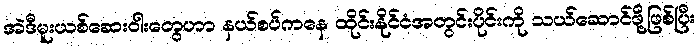
အဲဒီမူးယစ်ဆေးဝါးတွေဟာ နယ်စပ်ကနေ ထိုင်းနိုင်ငံအတွင်းပိုင်းကို သယ်ဆောင်ဖို့ဖြစ်ပြီး